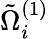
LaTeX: \tilde{\Omega}_{i}^{(1)}